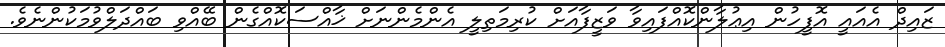
ޒައިދް އެއައީ އޮފީހުން އިޢުލާންކޮއްފައިވާ ވަޒީފާއަށް ކުރިމަތިލީ އެންމެންނަށް ޚާއްސަކޮއްގެން ބޭއްވި ބައްދަލްވުމަކުންނެވެ.